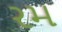
રમ